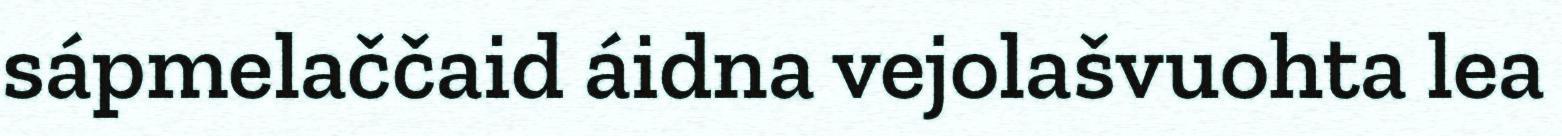
sápmelaččaid áidna vejolašvuohta lea